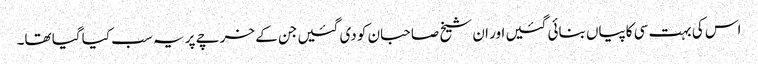
اس کی بہت سی کاپیاں بنائی گئیں اور ان شیخ صاحبان کو دی گئیں جن کے خرچے پر یہ سب کیا گیا تھا۔